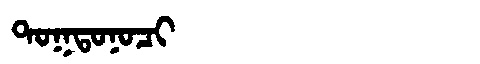
Manchu: ᡨᠣᡴᡨᠣᠨᠣᠴᡳ
Romanization: TOKTONOCI